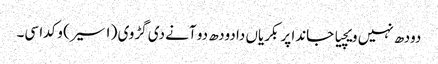
دودھ نہیں ویچیا جاندا پر بکریاں دا دودھ دو آنے دی گڑوی (١ سیر) وکدا سی۔